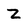
Character: z